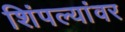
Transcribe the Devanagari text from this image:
शिंपल्यांवर